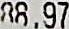
88.97